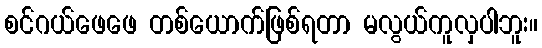
စင်ဂယ်ဖေဖေ တစ်ယောက်ဖြစ်ရတာ မလွယ်ကူလှပါဘူး။